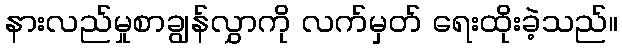
နားလည်မှုစာချွန်လွှာကို လက်မှတ် ရေးထိုးခဲ့သည်။